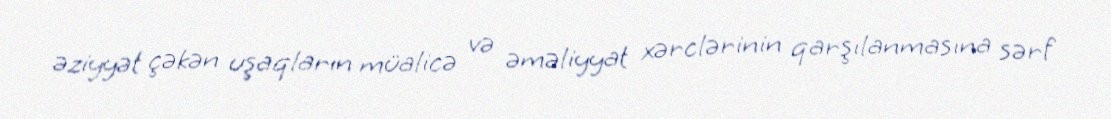
əziyyət çəkən uşaqların müalicə və əməliyyat xərclərinin qarşılanmasına sərf